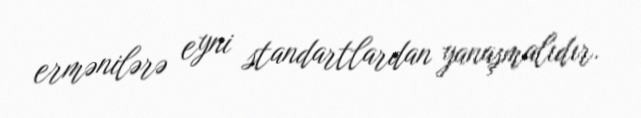
ermənilərə eyni standartlardan yanaşmalıdır.